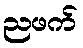
ညဖက်